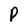
Character: P